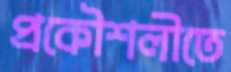
প্রকৌশলীতে